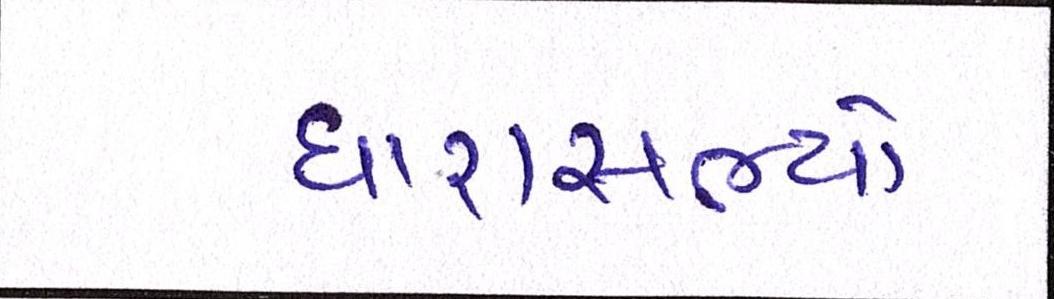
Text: ધારાસભ્યો